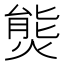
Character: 熋